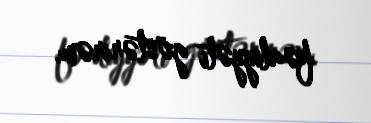
fəaliyyəti göstərirəm.